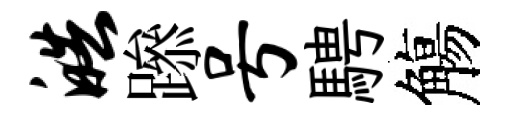
皓𨅶号騁觴